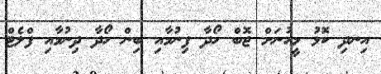
އިނދި ކޮޅު މީހުނަށް ޖޮބް ހޯދާ ފިނުމާއި ބިން ހޯދާ ދިނުމާއި ފްލެޓް